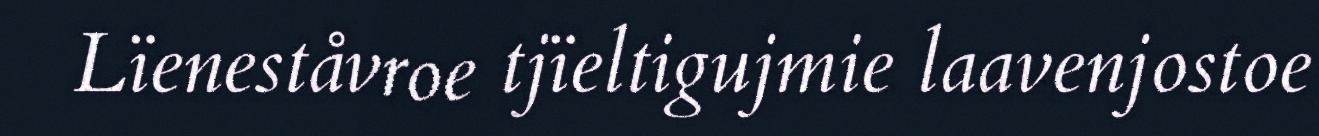
Lïeneståvroe tjïeltigujmie laavenjostoe